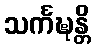
သင်္ကဍ္ဎန္တိ